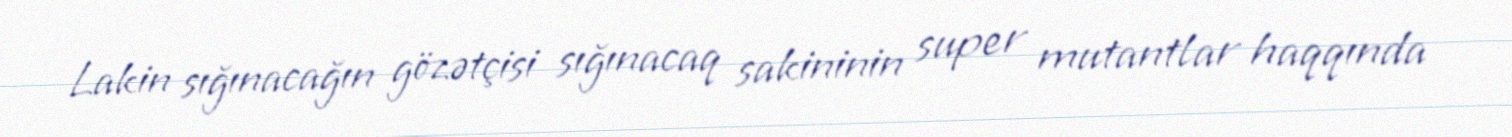
Lakin sığınacağın gözətçisi sığınacaq sakininin super mutantlar haqqında